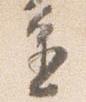
進